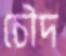
চৌদ